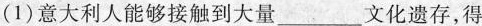
(1)意大利人能够接触到大量___文化遗存，得